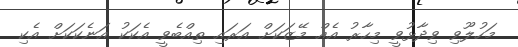
މަހުލޫވި ވިދާޅުވީ މިހާރު އެއް މޭޒަކަށް އަރައި ތިއްބެވީ އެކަކު އަނެކަކަށް އެކި